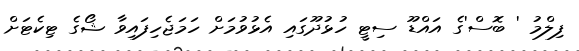
ފިލްމު ' ބޮސް'ގެ އައްޑޫ ސިޓީ ހުޅުދޫގައި އެޅުވުމަށް ހަމަޖެހިފައިވާ ޝޯގެ ޓިކެޓަށް